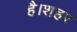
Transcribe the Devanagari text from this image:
है।शहर